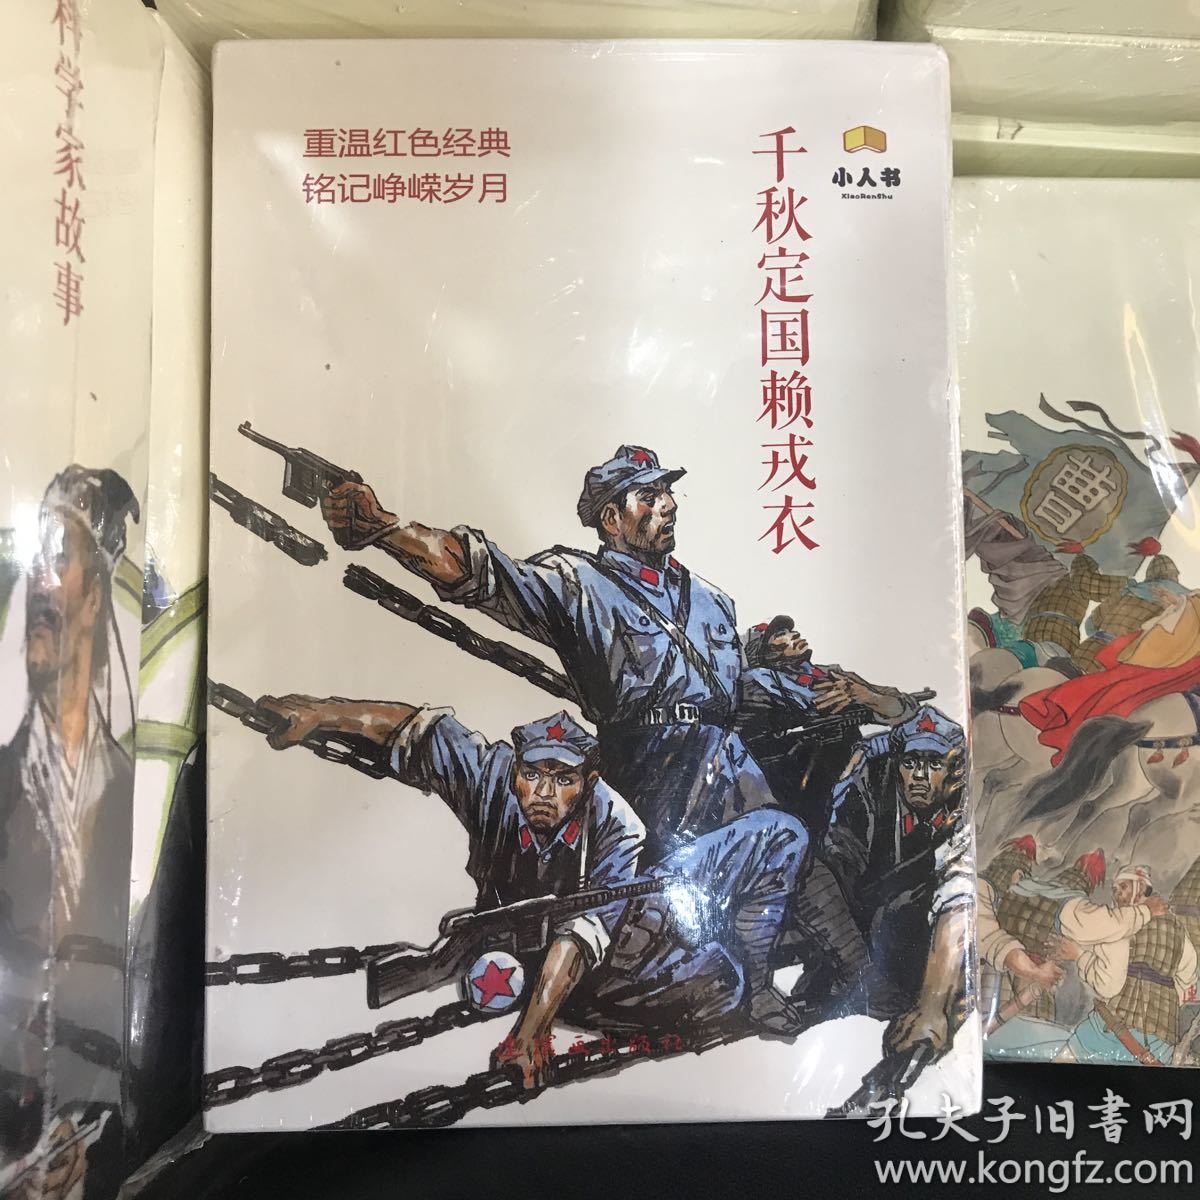
戎衣不脱随霜雪，汗马骖单长被铁。